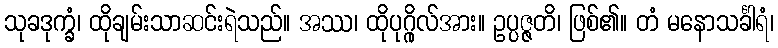
သုခဒုက္ခံ၊ ထိုချမ်းသာဆင်းရဲသည်။ အဿ၊ ထိုပုဂ္ဂိုလ်အား။ ဥပ္ပဇ္ဇတိ၊ ဖြစ်၏။ တံ မနောသင်္ခါရံ၊